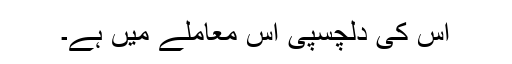
اس کی دلچسپی اس معاملے میں ہے۔